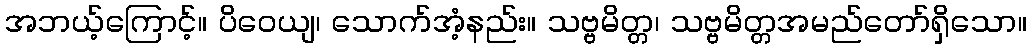
အဘယ့်ကြောင့်။ ပိဝေယျ၊ သောက်အံ့နည်း။ သဗ္ဗမိတ္တ၊ သဗ္ဗမိတ္တအမည်တော်ရှိသော။